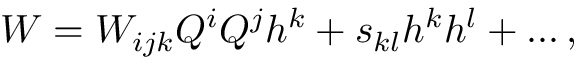
W = W _ { i j k } Q ^ { i } Q ^ { j } h ^ { k } + s _ { k l } h ^ { k } h ^ { l } + \dots ,